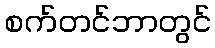
စက်တင်ဘာတွင်